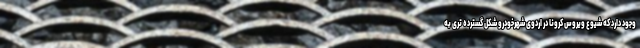
وجود دارد که شیوع ویروس کرونا در اردوی شهرخودرو شکل گسترده تری به